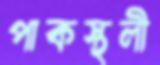
পাকস্থলী